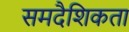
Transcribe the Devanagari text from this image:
समदैशिकता